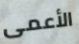
الأعمى